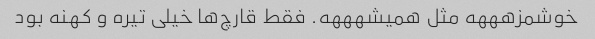
خوشمزهههه مثل همیشهههه. فقط قارچ‌ها خیلی تیره و کهنه بود